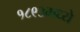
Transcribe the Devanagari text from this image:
१८९३मध्ये